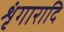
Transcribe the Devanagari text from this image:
शृंगारादि